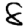
Digit: 8